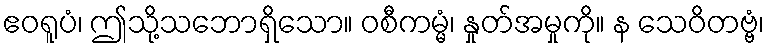
ဧဝရူပံ၊ ဤသို့သဘောရှိသော။ ဝစီကမ္မံ၊ နှုတ်အမှုကို။ န သေဝိတဗ္ဗံ၊